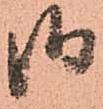
御